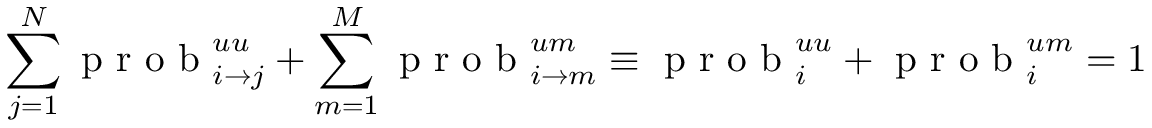
\sum _ { j = 1 } ^ { N } \mathrm { ~ p ~ r ~ o ~ b ~ } _ { i \rightarrow j } ^ { u u } + \sum _ { m = 1 } ^ { M } \mathrm { ~ p ~ r ~ o ~ b ~ } _ { i \rightarrow m } ^ { u m } \equiv \mathrm { ~ p ~ r ~ o ~ b ~ } _ { i } ^ { u u } + \mathrm { ~ p ~ r ~ o ~ b ~ } _ { i } ^ { u m } = 1